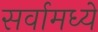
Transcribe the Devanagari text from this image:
सर्वामध्ये